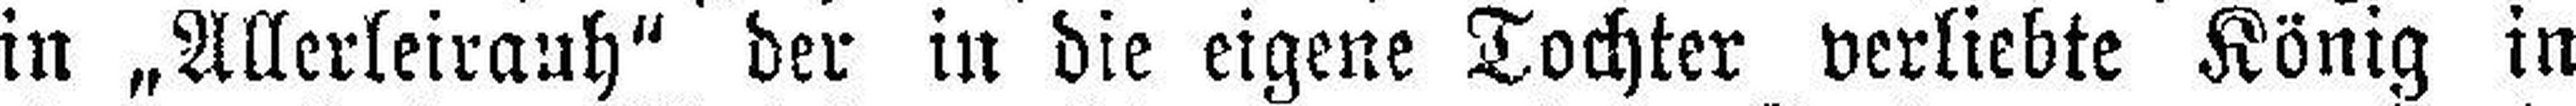
in „Allerleirauh“ der in die eigene Tochter verliebte König in